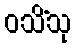
ဝသိံသု